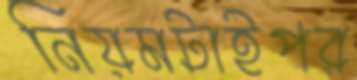
নিয়মটাইপর